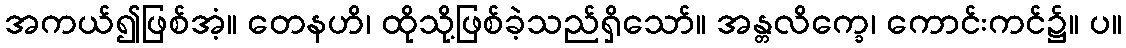
အကယ်၍ဖြစ်အံ့။ တေနဟိ၊ ထိုသို့ဖြစ်ခဲ့သည်ရှိသော်။ အန္တလိက္ခေ၊ ကောင်းကင်၌။ ပ။